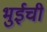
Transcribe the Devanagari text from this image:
भुईची